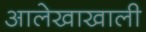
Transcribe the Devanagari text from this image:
आलेखाखाली